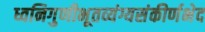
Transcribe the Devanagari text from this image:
ध्वनिगुणीभूतव्यंग्यसंकीर्णभेद